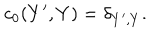
LaTeX: c _ { 0 } ( Y ^ { \prime } , Y ) = \delta _ { Y ^ { \prime } , Y } .